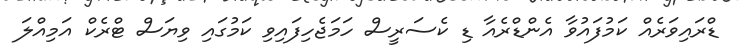
ޑްރައިވަރެއް ކަމުފައުވާ އެންޑްރެއާ ޑި ކެސަރީސް ހަމަޖެހިފައިވި ކަމުގައި ވިޔަސް ޓްރެކް އަމިއްލަ